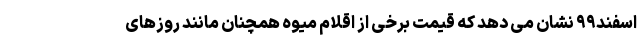
اسفند۹۹ نشان می دهد که قیمت برخی از اقلام میوه همچنان مانند روزهای